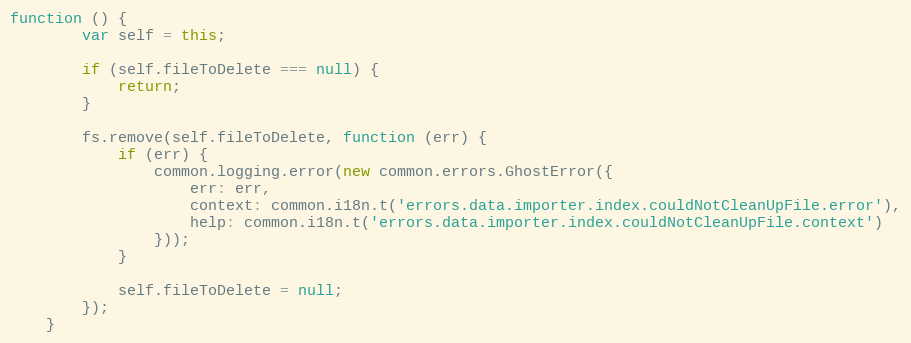
Language: JavaScript
function () {
        var self = this;

        if (self.fileToDelete === null) {
            return;
        }

        fs.remove(self.fileToDelete, function (err) {
            if (err) {
                common.logging.error(new common.errors.GhostError({
                    err: err,
                    context: common.i18n.t('errors.data.importer.index.couldNotCleanUpFile.error'),
                    help: common.i18n.t('errors.data.importer.index.couldNotCleanUpFile.context')
                }));
            }

            self.fileToDelete = null;
        });
    }